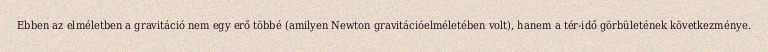
Ebben az elméletben a gravitáció nem egy erő többé (amilyen Newton gravitációelméletében volt), hanem a tér-idő görbületének következménye.